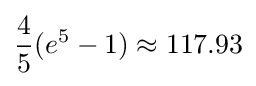
{\frac {4}{5}}(e^{5}-1)\approx 117.93